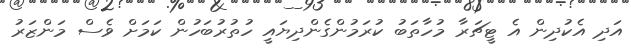
އަދި އެކުދިން އެ ޓީޗަރާ މުހާތަބު ކުރަމުންގެންދިޔައީ ހުތުރުބަހުން ކަމަށް ވެސް މަންޒަރު